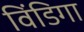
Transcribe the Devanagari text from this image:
विंडिगा